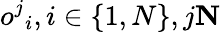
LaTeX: {o^{j}}_{i},i\in\{ 1,N\} ,j\le N